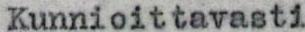
Kunnioittavasti